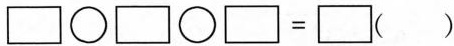
$$\Box \circ \Box \circ \Box = \Box$$ ( )